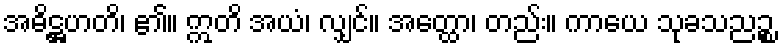
အဓိဋ္ဌဟတိ၊ ၏။ ဣတိ အယံ၊ လျှင်။ အတ္ထော၊ တည်း။ ကာယေ သုခသညဉ္စ